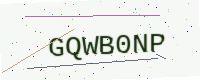
Text: GQWB0NP